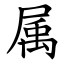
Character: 属